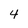
Character: 4